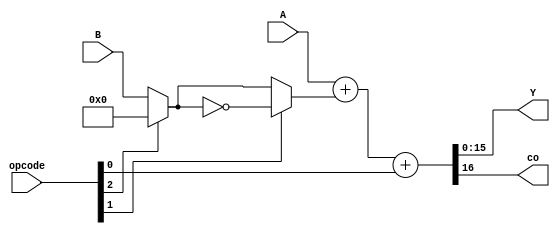
module datapath #(parameter N=16) (A, B, opcode, Y, co);
  input signed [N-1:0] A, B;
  input [2:0] opcode;
  output signed [N-1:0] Y;
  output co;

  wire [N-1:0] output_mux1; 
  wire [N-1:0] output_mux2;

  // MUX 1: Scelta tra 0 e B
  assign output_mux1 = (opcode[2]) ? {N{1'b0}}  : B;  

  // MUX 2: Scelta tra l'uscita negata del MUX1 e l'uscita del MUX1
  assign output_mux2 = (opcode[1]) ? ~output_mux1 : output_mux1;

  // ADDER: Se generato il diciasettesimo bit va nella concatenazione in carry-out 
  assign {co,Y} = (A + output_mux2 + opcode[0]);

endmodule